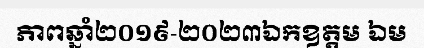
ភាពឆ្នាំ២០១៩-២០២៣ឯកឧត្តម ឯម